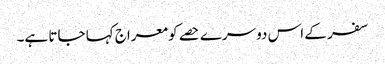
سفر کے اس دوسرے حصے کو معراج کہا جاتا ہے۔